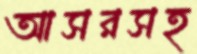
আসরসহ